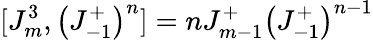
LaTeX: [J_{m}^{3},\left(J_{-1}^{+}\right)^{n}]=nJ_{m-1}^{+}\left(J_{-1}^{+}\right)^{n-1}